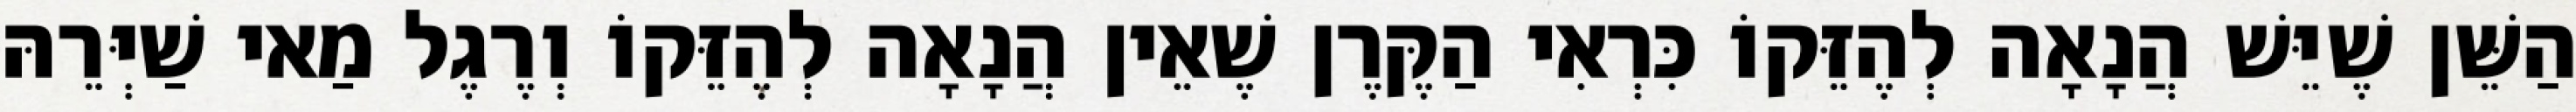
הַשֵּׁן שֶׁיֵּשׁ הֲנָאָה לְהֶזֵּקוֹ כִּרְאִי הַקֶּרֶן שֶׁאֵין הֲנָאָה לְהֶזֵּקוֹ וְרֶגֶל מַאי שַׁיְּרֵהּ